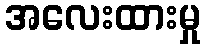
အလေးထားမှု